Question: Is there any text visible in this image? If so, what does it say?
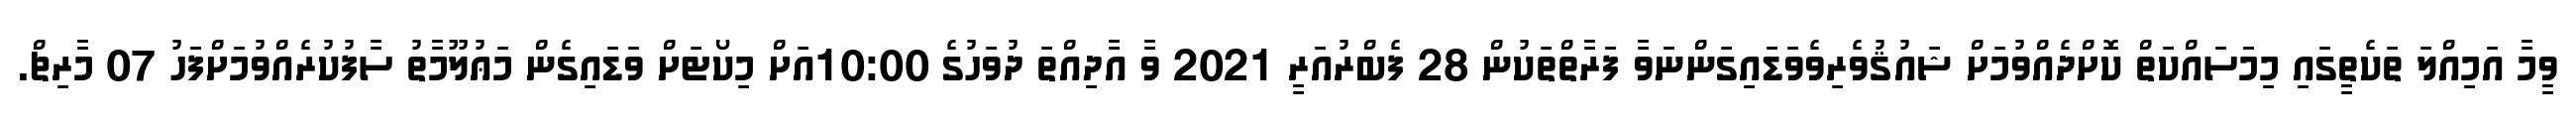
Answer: ވީމާ އަމިއްލަ ތަކެތީގައި މިމަސައްކަތް ކޮށްދެއްވުމަށް ޝައުޤުވެރިވެވަޑައިގަންނަވާ ފަރާތްތަކުން 28 ފެބްރުއަރީ 2021 ވާ އާދިއްތަ ދުވަހުގެ 10:00އަށް މިކޯޓަށް ވަޑައިގެން މަޢުލޫމާތު ސާފުކުރެއްވުމަށްފަހު 07 މާރިޗް.